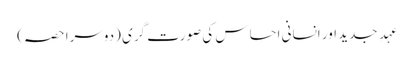
عہدِ جدید اور انسانی احساس کی صورت گری (دوسرا حصہ)